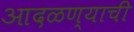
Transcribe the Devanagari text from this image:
आदळण्याची